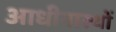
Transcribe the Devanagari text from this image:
आधीनास्थों